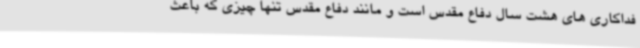
فداکاری های هشت سال دفاع مقدس است و مانند دفاع مقدس تنها چیزی که باعث